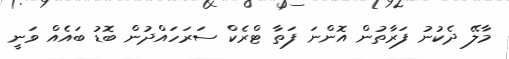
މާލޭ ދެކުނު ފަރާތުން އޮންނަ ފަތާ ޓްރެކް ސަރަހައްދުން ބޮޑު ބައެއް ވަނީ